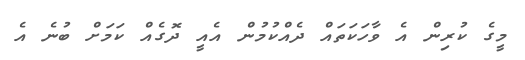
މީގެ ކުރިން އެ ވާހަކަތައް ދެއްކުމުން އެއީ ދޮގެއް ކަމަށް ބުނެ އެ